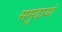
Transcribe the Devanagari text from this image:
समुदायॉ